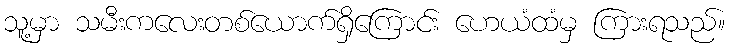
သူ့မှာ သမီးကလေးတစ်ယောက်ရှိကြောင်း ဟေယံထံမှ ကြားရသည်။